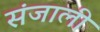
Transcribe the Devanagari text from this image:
संजाली